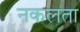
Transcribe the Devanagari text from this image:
नकलता